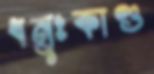
ধনুঃকাণ্ড